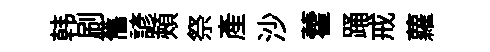
韩刷𦾔諺頰祭産沙藿踊戒蘿